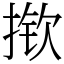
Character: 揿